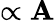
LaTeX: \propto\mathbf{A}